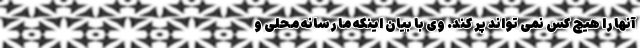
آنها را هیچ کس نمی تواند پر کند. وی با بیان اینکه ما رسانه محلی و